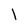
Character: l